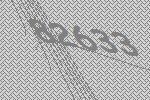
82633